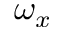
\omega _ { x }